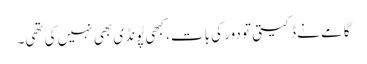
گامے نے ڈکیتی تو دور کی بات، کبھی پُونڈی بھی نہیں کی تھی۔